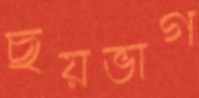
ছয়ভাগ